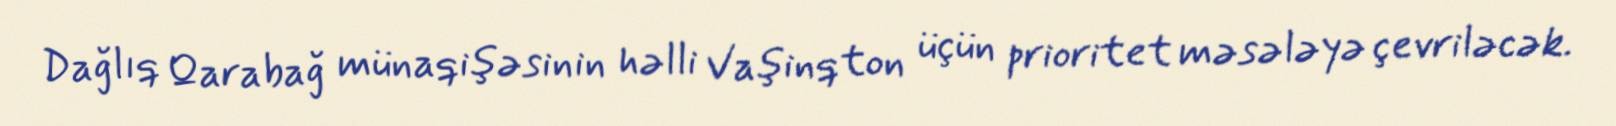
Dağlıq Qarabağ münaqişəsinin həlli Vaşinqton üçün prioritet məsələyə çevriləcək.